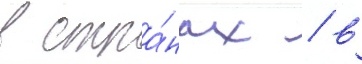
В стра́нах / в